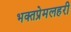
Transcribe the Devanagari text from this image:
भक्तप्रेमलहरी